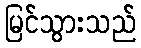
မြင်သွားသည်